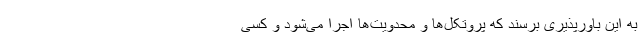
به این باورپذیری برسند که پروتکل‌ها و محدویت‌ها اجرا می‌شود و کسی